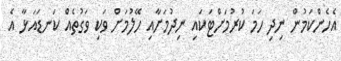
އެހެންކަމުން ނިދި ހަމަ ކުރުމަށްޓަކައި ނިދުމަށާއި ހޭލުމަށް ވަކި ވަގުތެއް ކަނޑައަޅާ އެ